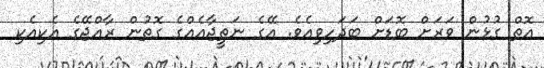
އޮތް ގުޅުން ވަރަށް ބޮޑަށް ބަދަހިވިއެވެ. އޭގެ ނަތީޖާއެއްގެ ގޮތުން ރާއްޖޭގެ އެކިއެކި